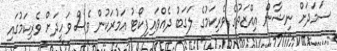
ސަމަދަށް ނިޝާން އިއްޒަތުގެ ވެރިކަމުގެ ލަގަބު ދެއްވައިފިކޯޓު އަމުރަކުން ވެސް ވަހީދަށް ވެރިކަމުގައި